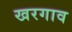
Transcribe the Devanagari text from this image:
खरगाव